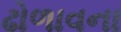
ઢોળાવના